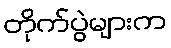
တိုက်ပွဲများက